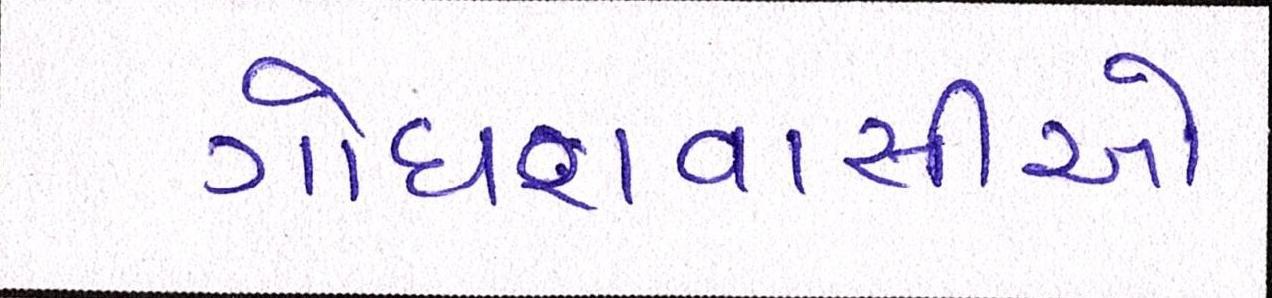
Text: ગોધરાવાસીઓ